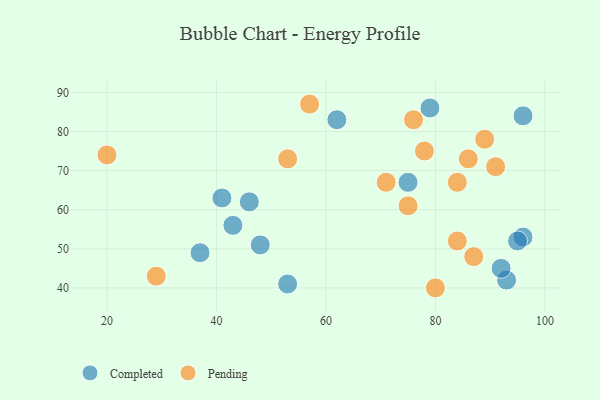
{"axis": {"x": "GDP", "y": "Life Expectancy"}, "legend": ["Completed", "Pending"], "data": [{"x": "41", "y": 63, "type": "Completed"}, {"x": "79", "y": 86, "type": "Completed"}, {"x": "93", "y": 42, "type": "Completed"}, {"x": "46", "y": 62, "type": "Completed"}, {"x": "96", "y": 53, "type": "Completed"}, {"x": "48", "y": 51, "type": "Completed"}, {"x": "62", "y": 83, "type": "Completed"}, {"x": "43", "y": 56, "type": "Completed"}, {"x": "75", "y": 67, "type": "Completed"}, {"x": "92", "y": 45, "type": "Completed"}, {"x": "95", "y": 52, "type": "Completed"}, {"x": "96", "y": 84, "type": "Completed"}, {"x": "53", "y": 41, "type": "Completed"}, {"x": "37", "y": 49, "type": "Completed"}, {"x": "71", "y": 67, "type": "Pending"}, {"x": "84", "y": 52, "type": "Pending"}, {"x": "78", "y": 75, "type": "Pending"}, {"x": "76", "y": 83, "type": "Pending"}, {"x": "86", "y": 73, "type": "Pending"}, {"x": "57", "y": 87, "type": "Pending"}, {"x": "91", "y": 71, "type": "Pending"}, {"x": "20", "y": 74, "type": "Pending"}, {"x": "29", "y": 43, "type": "Pending"}, {"x": "53", "y": 73, "type": "Pending"}, {"x": "87", "y": 48, "type": "Pending"}, {"x": "89", "y": 78, "type": "Pending"}, {"x": "84", "y": 67, "type": "Pending"}, {"x": "80", "y": 40, "type": "Pending"}, {"x": "75", "y": 61, "type": "Pending"}]}